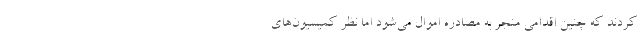
کردند که چنین اقدامی‌ منجر به مصادره اموال می‌شود اما نظر کمیسیون‌های